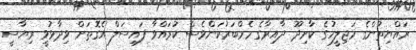
ރައްޔިތުންގެ މަޖިލީހުގެ ކާށިދޫ ދާއިރާގެ މެެމްބަރުކަންވެސް ކުރައްވާ ފައިސަލް އެގޮތަށް ވިދާޅުވީ ރިޔާސީ